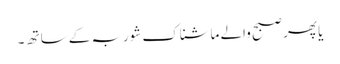
یا پھر صبح والے ماشناک شوربہ کے ساتھ ۔